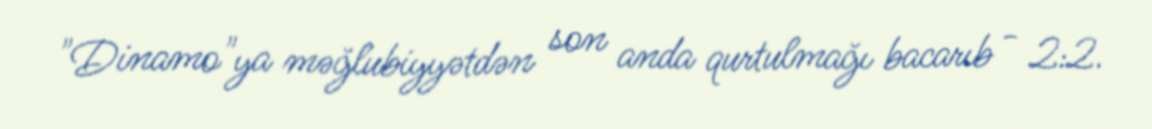
"Dinamo"ya məğlubiyyətdən son anda qurtulmağı bacarıb - 2:2.